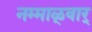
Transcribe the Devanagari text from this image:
नम्माळ्वार्